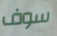
سوف